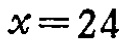
\(x = 24\)